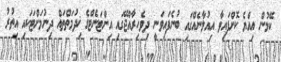
ކޭމުން އިއްޔެ ކޮށްފައިވާ އިއުލާނެއްގައި ބުނެފައިވަނީ ދިވެހިރާއްޖޭގައި އިންޓަނެޓްގެ ޚިދުމަތްތައް ދިނުމަށްޓަކައި އިތުރު